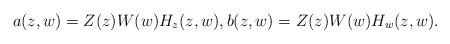
LaTeX: \begin{align*}a(z,w)=Z(z)W(w)H_z(z,w),b(z,w)=Z(z)W(w)H_w(z,w).\end{align*}